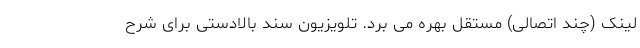
لینک (چند اتصالی) مستقل بهره می برد. تلویزیون سند بالادستی برای شرح